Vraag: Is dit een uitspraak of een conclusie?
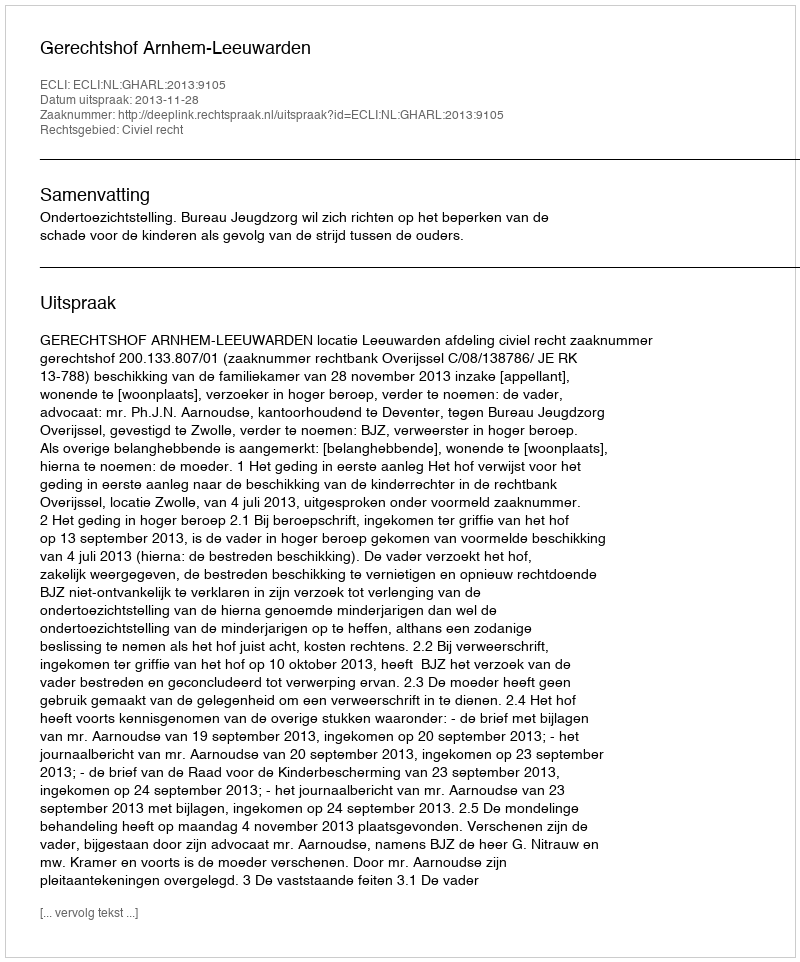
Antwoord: Uitspraak